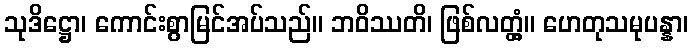
သုဒိဋ္ဌော၊ ကောင်းစွာမြင်အပ်သည်။ ဘဝိဿတိ၊ ဖြစ်လတ္တံ့။ ဟေတုသမုပန္နာ၊